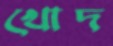
খোদ